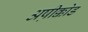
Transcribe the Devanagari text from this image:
अष़ीक्कोड